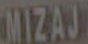
MIZAJ